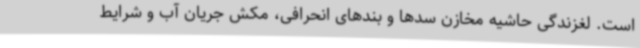
است. لغزندگی حاشیه مخازن سدها و بندهای انحرافی، مکش جریان آب و شرایط